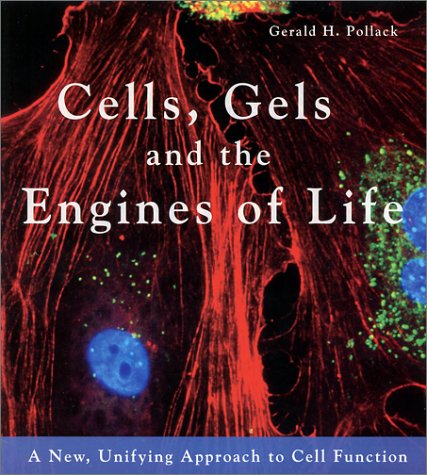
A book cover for Cells, Gels and the Engines of Life; Gerald H. Pollack; Medical Books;